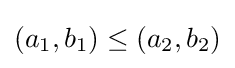
\left(a_{1},b_{1}\right)\leq \left(a_{2},b_{2}\right)